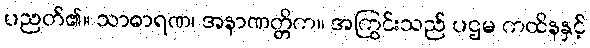
ပညတ်၏။ သာဓာရဏ၊ အနာဏတ္တိက။ အကြွင်းသည် ပဌမ ကထိနနှင့်